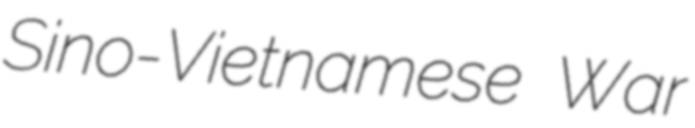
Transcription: Sino-Vietnamese War